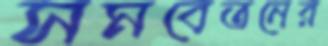
সমবেতনের